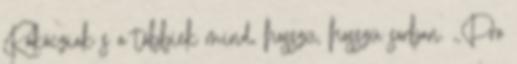
Rákócziak s a többiek mind, hosszú, hosszú sorban. ,,Pro